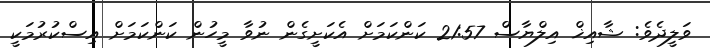
ވަލީދެވެ: ޝާއިޚް އިލްޔާސް 21:57 ކަންކަމަށް އެކަށީގެން ނުވާ މީހުން ކަންކަމަށް އިސްކުރުމަކީ